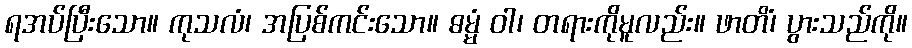
ရအပ်ပြီးသော။ ကုသလံ၊ အပြစ်ကင်းသော။ ဓမ္မံ ဝါ၊ တရားကိုမူလည်း။ ဖာတိံ၊ ပွားသည်ကို။